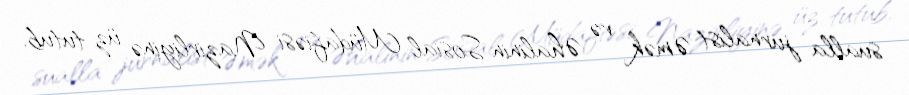
sualla jurnalist Əmək və Əhalinin Sosial Müdafiəsi Nazirliyinə üz tutub.